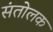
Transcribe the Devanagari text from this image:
संतोलक